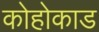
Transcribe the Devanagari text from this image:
कोहोकाड